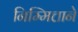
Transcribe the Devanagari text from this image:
निम्मित्ताने